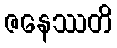
ဇနေဿတိ